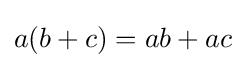
a(b+c)=ab+ac